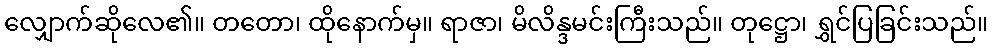
လျှောက်ဆိုလေ၏။ တတော၊ ထိုနောက်မှ။ ရာဇာ၊ မိလိန္ဒမင်းကြီးသည်။ တုဋ္ဌော၊ ရွှင်ပြခြင်းသည်။